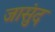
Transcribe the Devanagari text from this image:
जासुंद